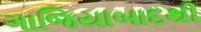
ગાજિયાબાદથી